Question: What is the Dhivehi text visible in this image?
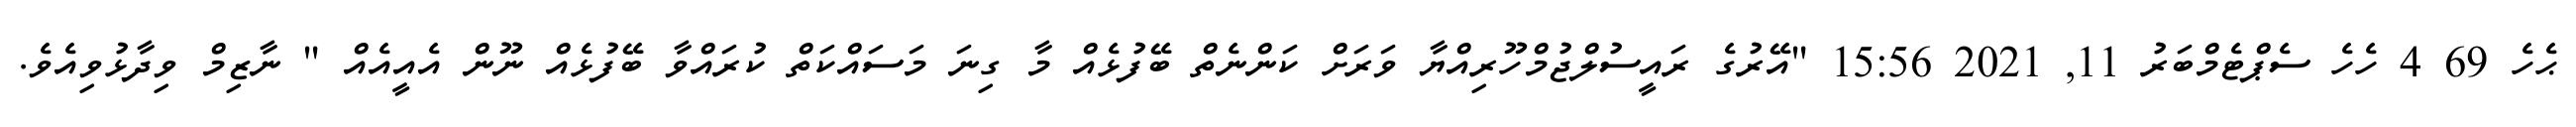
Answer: ޙެހެ 69 4 ހެހެ ސެޕްޓެމްބަރު 11, 2021 15:56 "އޭރުގެ ރައީސުލްޖުމްހޫރިއްޔާ ވަރަށް ކަންނެތް ބޭފުޅެއް މާ ގިނަ މަސައްކަތް ކުރައްވާ ބޭފުޅެއް ނޫން އެއީއެއް " ނާޒިމް ވިދާޅުވިއެވެ.